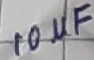
Text: 10µF